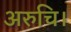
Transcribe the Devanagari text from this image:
अरुचि।